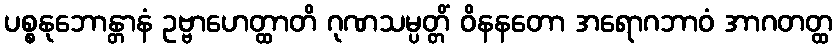
ပစ္စနုဘောန္တာနံ ဥဗ္ဗာဟေတ္ထာတိ ဂုဏသမ္ပတ္တိံ ဝိနနတော အရောဂဘာဝံ အာဂတတ္ထ